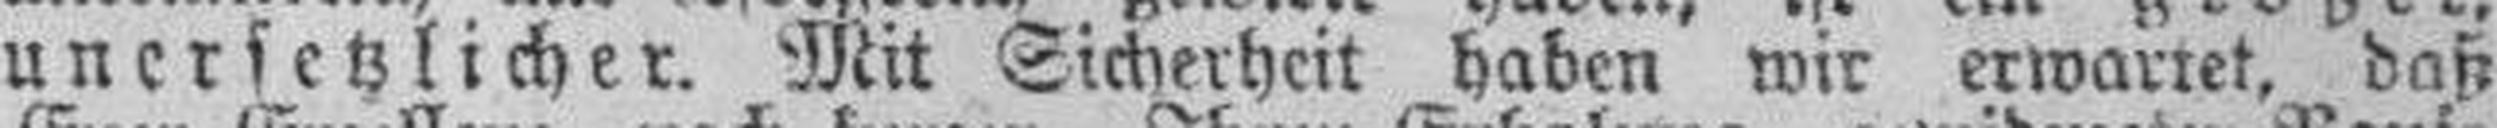
unersetzlicher. Mit Sicherheit haben wir erwartet, daß